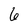
Character: 6